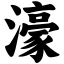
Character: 濠